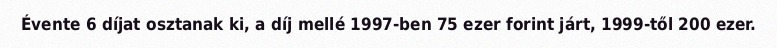
Évente 6 díjat osztanak ki, a díj mellé 1997-ben 75 ezer forint járt, 1999-től 200 ezer.